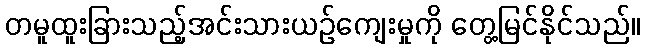
တမူထူးခြားသည့်အင်းသားယဉ်ကျေးမှုကို တွေ့မြင်နိုင်သည်။